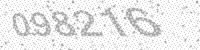
Solution: 098216